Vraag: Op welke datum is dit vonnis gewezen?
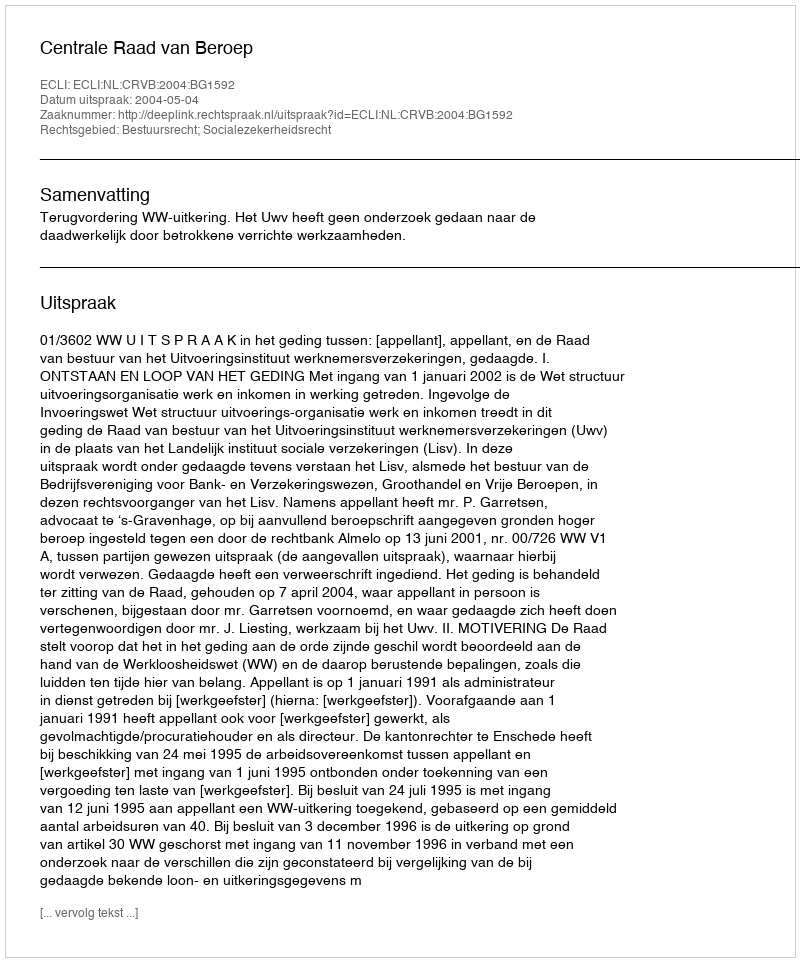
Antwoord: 2004-05-04